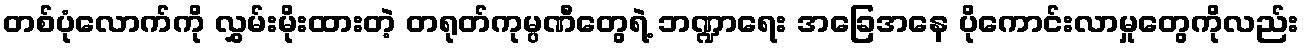
တစ်ပုံလောက်ကို လွှမ်းမိုးထားတဲ့ တရုတ်ကုမ္ပဏီတွေရဲ့ ဘဏ္ဍာရေး အခြေအနေ ပိုကောင်းလာမှုတွေကိုလည်း